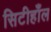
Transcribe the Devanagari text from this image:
सिटीहाँल